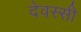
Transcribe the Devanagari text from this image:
देवस्सी